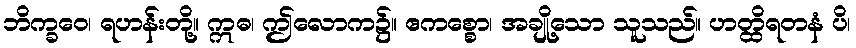
ဘိက္ခဝေ၊ ရဟန်းတို့။ ဣဓ၊ ဤလောက၌။ ဧကစ္စော၊ အချို့သော သူသည်။ ဟတ္ထိရတနံ ပိ၊